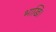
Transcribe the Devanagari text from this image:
भाखि।